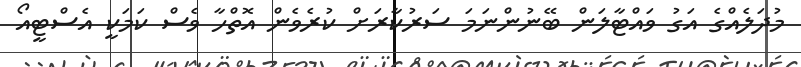
މުދަލެއްގެ އަގު ވައްޓާލަން ބޭނުންނަމަ ސަރުކާރަށް ކުރެވެން އޮތްހާ ވެސް ކަމަކީ އެސްޓީއޯ